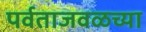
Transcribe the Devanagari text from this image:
पर्वताजवळच्या